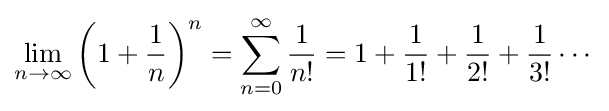
\lim _{n\to \infty }\left(1+{\frac {1}{n}}\right)^{n}=\sum _{n=0}^{\infty }{\frac {1}{n!}}=1+{\frac {1}{1!}}+{\frac {1}{2!}}+{\frac {1}{3!}}\cdots